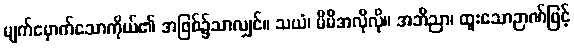
မျက်မှောက်သောကိုယ်၏ အဖြစ်၌သာလျှင်။ သယံ၊ မိမိအလိုလို။ အဘိညာ၊ ထူးသောဉာဏ်ဖြင့်